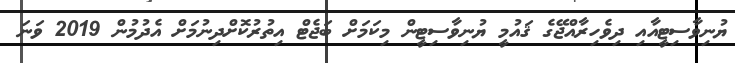
ޔުނިވާސިޓީއާއި ދިވެހިރާއްޖޭގެ ޤައުމީ ޔުނިވާސިޓީން މިކަމަށް ބަޖެޓް އިތުރުކޮށްދިނުމަށް އެދުމުން 2019 ވަނަ